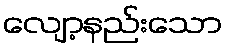
လျော့နည်းသော